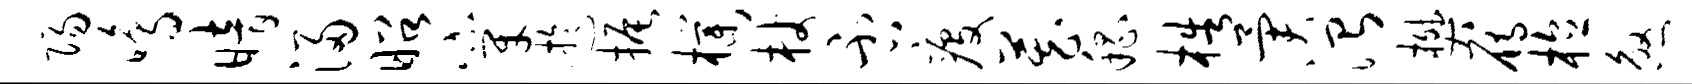
阳鸣暗浸昭穿迂振朴杖否疫藏嵇梏异治樊雁植煞